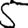
Digit: 5